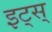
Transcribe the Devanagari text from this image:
इट्स्